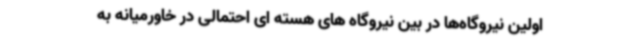
اولین نیروگاه‌ها در بین نیروگاه های هسته ای احتمالی در خاورمیانه به